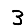
Digit: 3